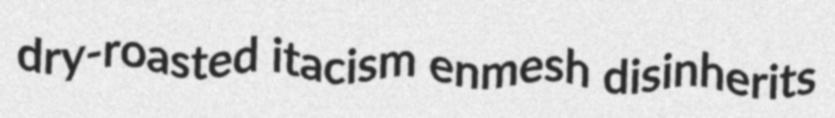
dry-roasted itacism enmesh disinherits